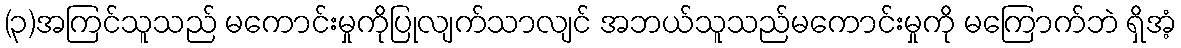
(၃)အကြင်သူသည် မကောင်းမှုကိုပြုလျက်သာလျင် အဘယ်သူသည်မကောင်းမှုကို မကြောက်ဘဲ ရှိအံ့